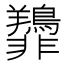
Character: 𫕿